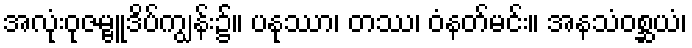
အလုံးဝုဇမ္ဗူဒိပ်ကျွန်း၌။ ပနုဿာ၊ တဿ၊ ဝံနတ်မင်း။ အနသံဝစ္ဆယံ၊